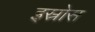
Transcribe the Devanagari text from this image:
इस्रोस